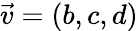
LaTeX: {\vec{v}}=(b,c,d)